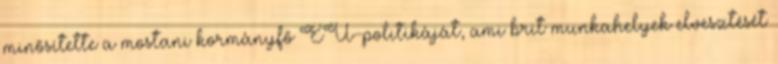
minősítette a mostani kormányfő EU-politikáját, ami brit munkahelyek elvesztését